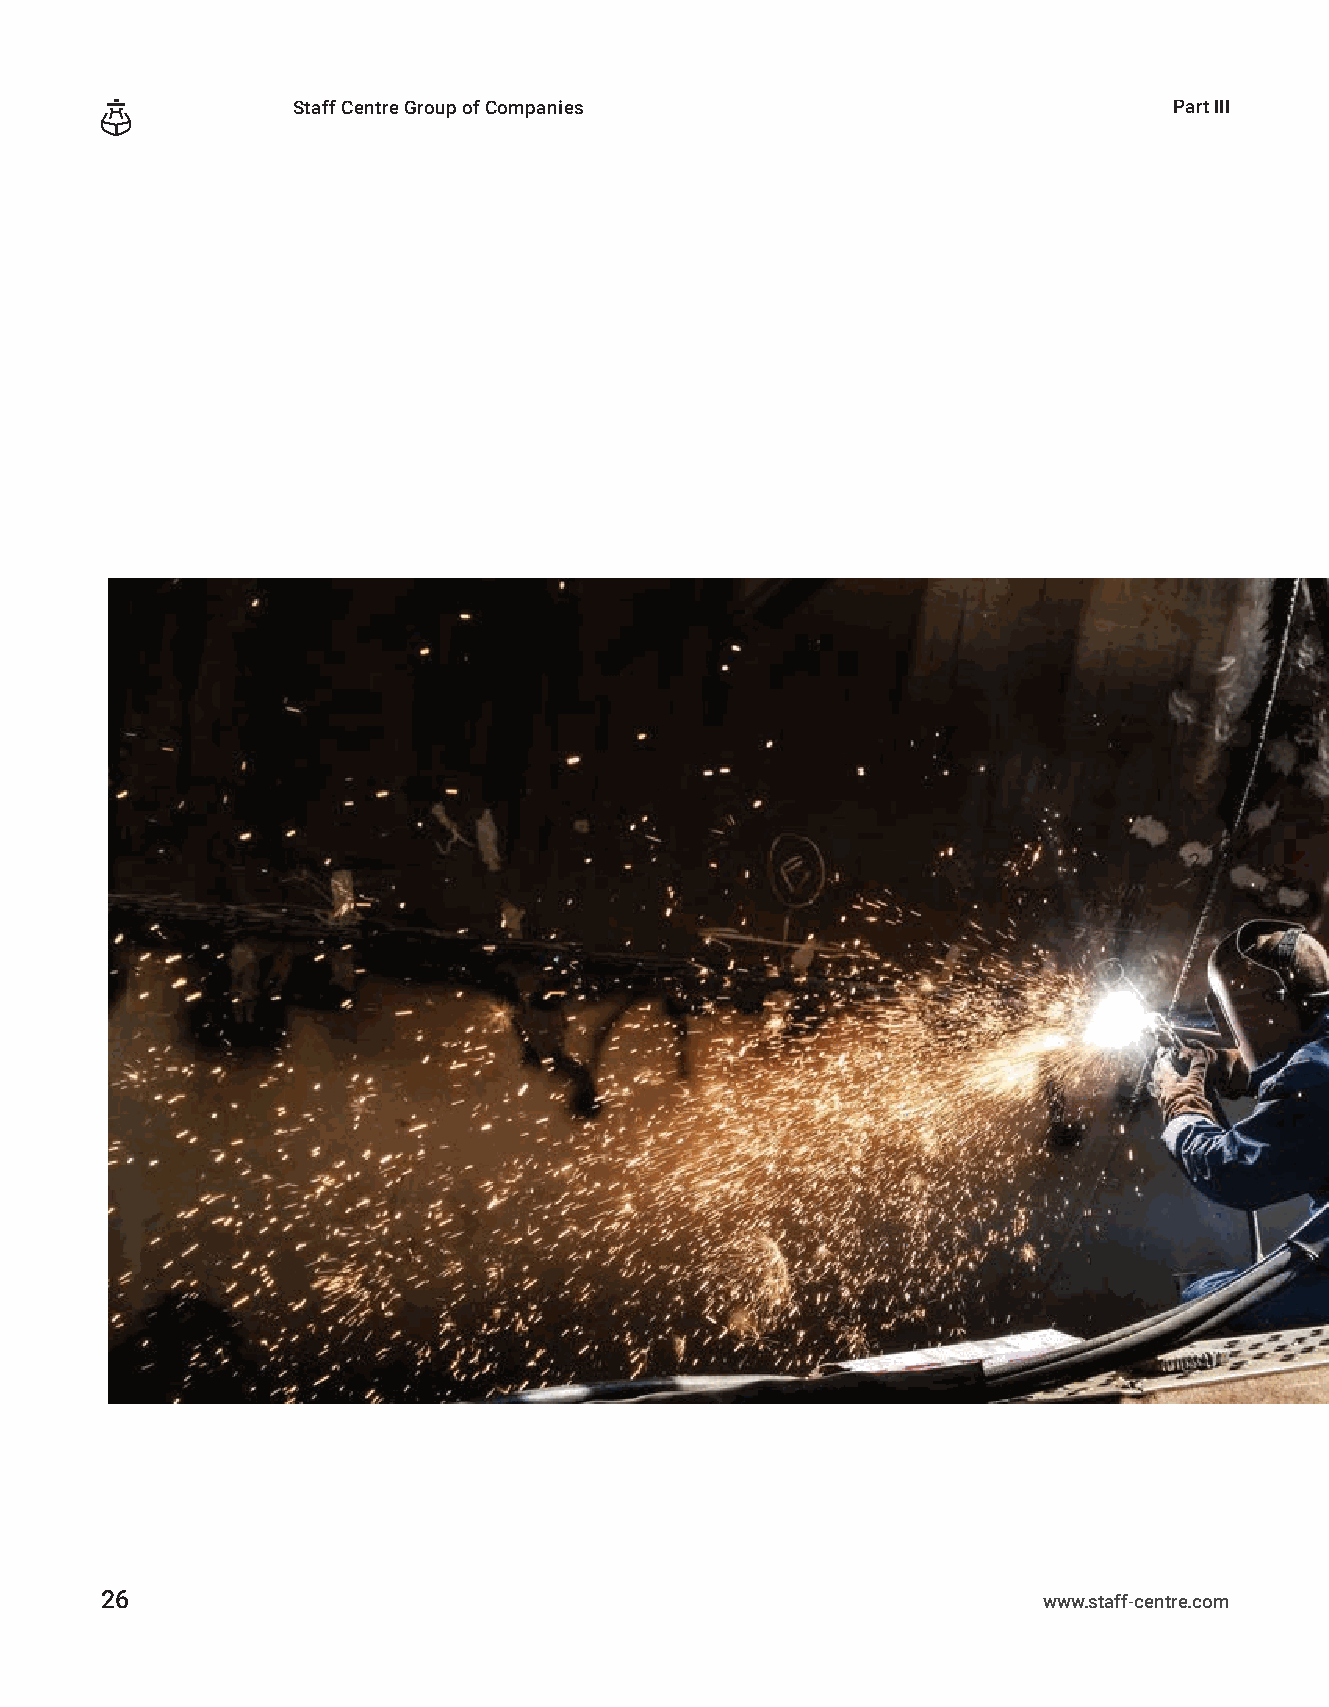
Staff Centre Group of Companies                            Part ІIІ
 26                                                            www.staff-centre.com